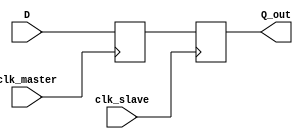
module sync_ff (
    input wire D,                // Data input to be synchronized
    input wire clk_master,       // Clock signal for the master flip-flop
    input wire clk_slave,        // Clock signal for the slave flip-flop
    output reg Q_out            // Synchronized data output
);

    reg Q_master;                // Output of the master flip-flop

    // Master Flip-Flop: Captures input data D on clk_master
    always @(posedge clk_master) begin
        Q_master <= D;           // Capture D on the rising edge of clk_master
    end

    // Slave Flip-Flop: Captures Q_master on clk_slave
    always @(posedge clk_slave) begin
        Q_out <= Q_master;       // Capture Q_master on the rising edge of clk_slave
    end

endmodule